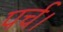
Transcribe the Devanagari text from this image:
पर्च।